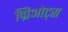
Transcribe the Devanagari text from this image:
ग्रिओट्स